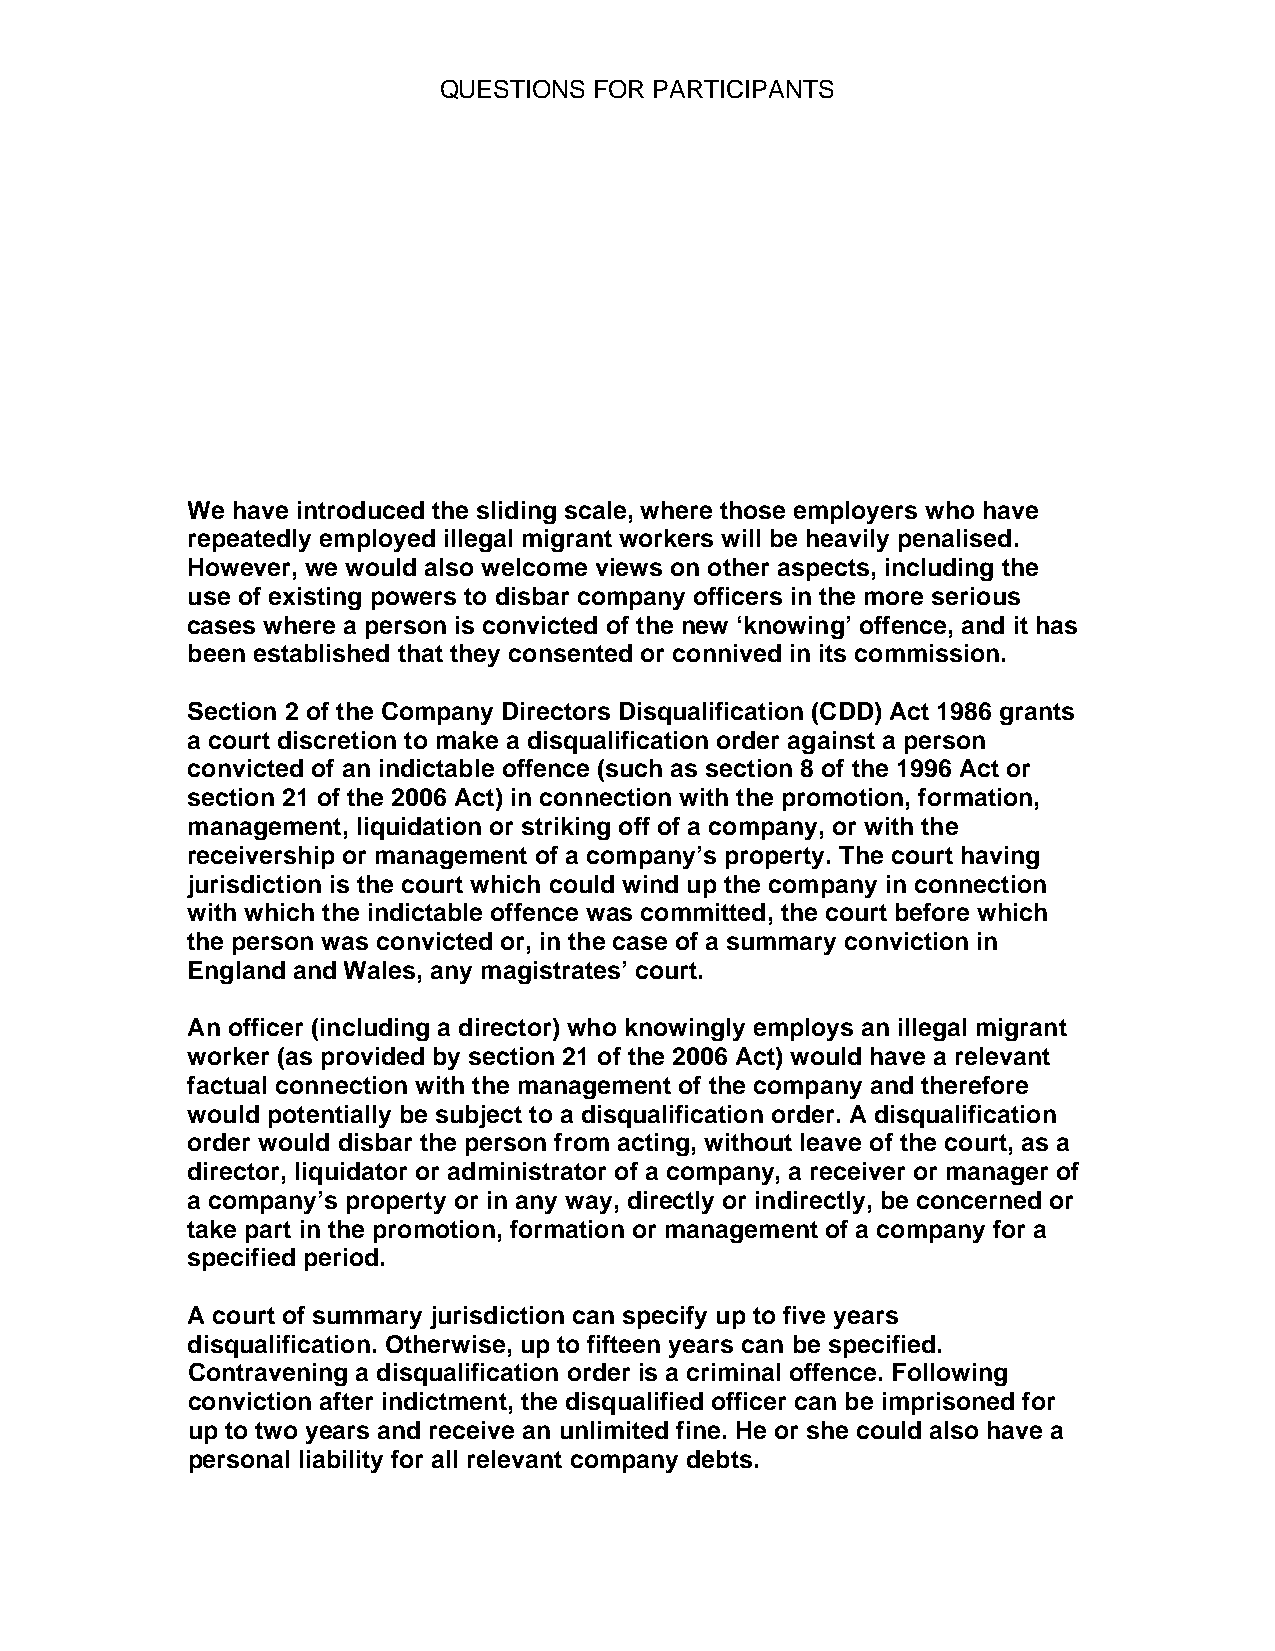
QUESTIONS FOR PARTICIPANTS
 We have introduced the sliding scale, where those employers who have
 repeatedly employed illegal migrant workers will be heavily penalised.
 However, we would also welcome views on other aspects, including the
 use of existing powers to disbar company officers in the more serious
 cases where a person is convicted of the new ‘knowing’ offence, and it has
 been established that they consented or connived in its commission.
 Section 2 of the Company Directors Disqualification (CDD) Act 1986 grants
 a court discretion to make a disqualification order against a person
 convicted of an indictable offence (such as section 8 of the 1996 Act or
 section 21 of the 2006 Act) in connection with the promotion, formation,
 management, liquidation or striking off of a company, or with the
 receivership or management of a company’s property. The court having
 jurisdiction is the court which could wind up the company in connection
 with which the indictable offence was committed, the court before which
 the person was convicted or, in the case of a summary conviction in
 England and Wales, any magistrates’ court.
 An officer (including a director) who knowingly employs an illegal migrant
 worker (as provided by section 21 of the 2006 Act) would have a relevant
 factual connection with the management of the company and therefore
 would potentially be subject to a disqualification order. A disqualification
 order would disbar the person from acting, without leave of the court, as a
 director, liquidator or administrator of a company, a receiver or manager of
 a company’s property or in any way, directly or indirectly, be concerned or
 take part in the promotion, formation or management of a company for a
 specified period.
 A court of summary jurisdiction can specify up to five years
 disqualification. Otherwise, up to fifteen years can be specified.
 Contravening a disqualification order is a criminal offence. Following
 conviction after indictment, the disqualified officer can be imprisoned for
 up to two years and receive an unlimited fine. He or she could also have a
 personal liability for all relevant company debts.